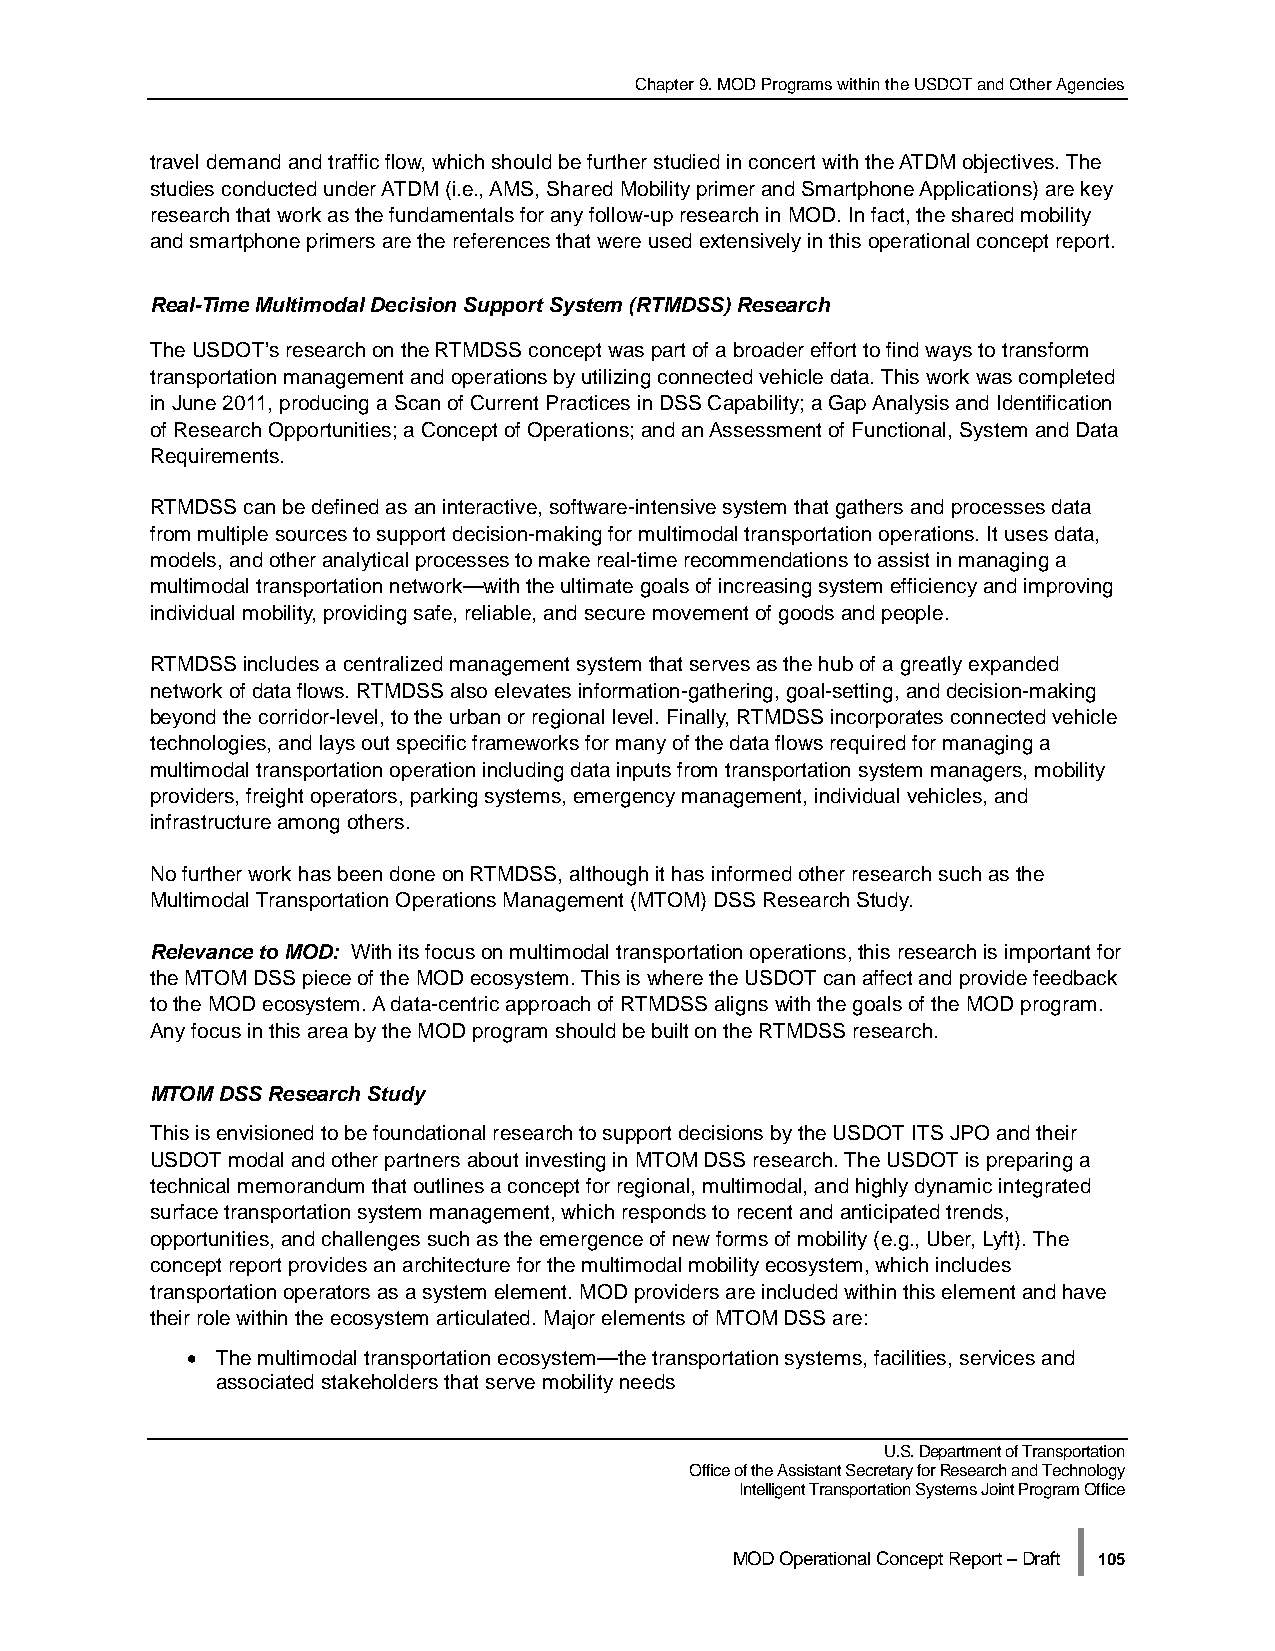
Chapter 9. MOD Programs within the USDOT and Other Agencies
 travel demand and traffic flow, which should be further studied in concert with the ATDM objectives. The
 studies conducted under ATDM (i.e., AMS, Shared Mobility primer and Smartphone Applications) are key
 research that work as the fundamentals for any follow-up research in MOD. In fact, the shared mobility
 and smartphone primers are the references that were used extensively in this operational concept report.
 Real-Time Multimodal Decision Support System (RTMDSS) Research
 The USDOT’s research on the RTMDSS concept was part of a broader effort to find ways to transform
 transportation management and operations by utilizing connected vehicle data. This work was completed
 in June 2011, producing a Scan of Current Practices in DSS Capability; a Gap Analysis and Identification
 of Research Opportunities; a Concept of Operations; and an Assessment of Functional, System and Data
 Requirements.
 RTMDSS can be defined as an interactive, software-intensive system that gathers and processes data
 from multiple sources to support decision-making for multimodal transportation operations. It uses data,
 models, and other analytical processes to make real-time recommendations to assist in managing a
 multimodal transportation network—with the ultimate goals of increasing system efficiency and improving
 individual mobility, providing safe, reliable, and secure movement of goods and people.
 RTMDSS includes a centralized management system that serves as the hub of a greatly expanded
 network of data flows. RTMDSS also elevates information-gathering, goal-setting, and decision-making
 beyond the corridor-level, to the urban or regional level. Finally, RTMDSS incorporates connected vehicle
 technologies, and lays out specific frameworks for many of the data flows required for managing a
 multimodal transportation operation including data inputs from transportation system managers, mobility
 providers, freight operators, parking systems, emergency management, individual vehicles, and
 infrastructure among others.
 No further work has been done on RTMDSS, although it has informed other research such as the
 Multimodal Transportation Operations Management (MTOM) DSS Research Study.
 Relevance to MOD: With its focus on multimodal transportation operations, this research is important for
 the MTOM DSS piece of the MOD ecosystem. This is where the USDOT can affect and provide feedback
 to the MOD ecosystem. A data-centric approach of RTMDSS aligns with the goals of the MOD program.
 Any focus in this area by the MOD program should be built on the RTMDSS research.
 MTOM DSS Research Study
 This is envisioned to be foundational research to support decisions by the USDOT ITS JPO and their
 USDOT modal and other partners about investing in MTOM DSS research. The USDOT is preparing a
 technical memorandum that outlines a concept for regional, multimodal, and highly dynamic integrated
 surface transportation system management, which responds to recent and anticipated trends,
 opportunities, and challenges such as the emergence of new forms of mobility (e.g., Uber, Lyft). The
 concept report provides an architecture for the multimodal mobility ecosystem, which includes
 transportation operators as a system element. MOD providers are included within this element and have
 their role within the ecosystem articulated. Major elements of MTOM DSS are:
 • The multimodal transportation ecosystem—the transportation systems, facilities, services and
 associated stakeholders that serve mobility needs
 U.S. Department of Transportation
 Office of the Assistant Secretary for Research and Technology
 Intelligent Transportation Systems Joint Program Office
 |
 MOD Operational Concept Report – Draft 105